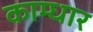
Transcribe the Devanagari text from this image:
काम्धार